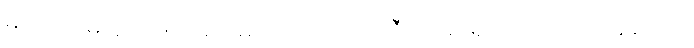
မရိဿာမိ၊ သေအံ့။ မယိမတေ၊ သရက်သီးကိုမရ၍ ငါသေသည်ရှိသော်။